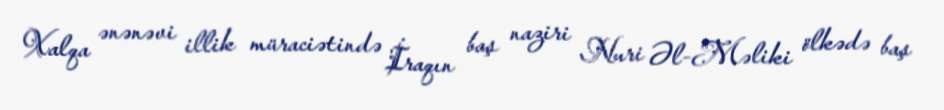
Xalqa ənənəvi illik müraciətində İraqın baş naziri Nuri Əl-Məliki ölkədə baş